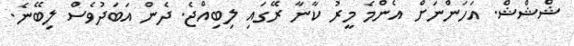
ޝްޝްޝް. އަހަންނަށް އެންމެ މީރު ކާނާ ރޭގައި ލިބިއްޖެ. ދެން އަބަދުވެސް ލިބޭނެ.